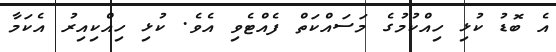
އެ ބޮޑު ކުޅި ހިއްކުމުގެ މަސައްކަތް ފެއްޓެވި އެވެ. ކުޅި ހިއްކިއިރު އެކަމާ